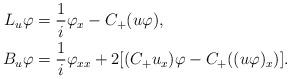
LaTeX: \begin{align*}L_u\varphi &= \frac{1}{i}\varphi_x -C_+(u\varphi), \\B_u\varphi &= \frac{1}{i}\varphi_{xx} +2[(C_+u_x)\varphi-C_+((u\varphi)_x)]. \end{align*}